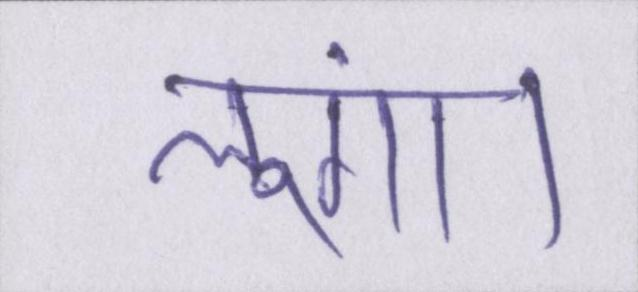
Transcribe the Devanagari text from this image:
लूंगा।